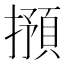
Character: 𱠽